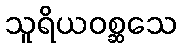
သူရိယဝစ္ဆသေ